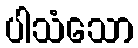
ပါသံသော